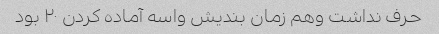
حرف نداشت وهم زمان بندیش واسه آماده کردن ۲۰ بود